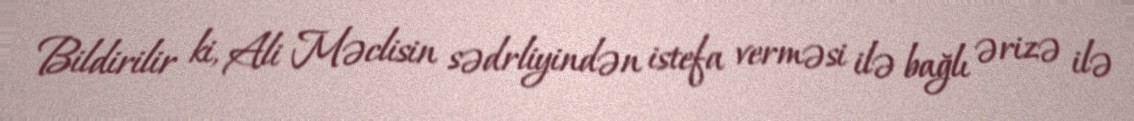
Bildirilir ki, Ali Məclisin sədrliyindən istefa verməsi ilə bağlı ərizə ilə